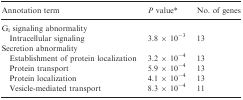
<table><thead><tr><td><b>Annotation term</b></td><td><b><i>P</i> valuea</b></td><td><b>No. of genes</b></td></tr></thead><tbody><tr><td colspan="3">G<sub>i</sub> signaling abnormality</td></tr><tr><td>Intracellular signaling</td><td>3.8 × 10<sup>−3</sup></td><td>13</td></tr><tr><td colspan="3">Secretion abnormality</td></tr><tr><td>Establishment of protein localization</td><td>3.2 × 10<sup>−4</sup></td><td>13</td></tr><tr><td>Protein transport</td><td>5.9 × 10<sup>−4</sup></td><td>13</td></tr><tr><td>Protein localization</td><td>4.1 × 10<sup>−4</sup></td><td>13</td></tr><tr><td>Vesicle‐mediated transport</td><td>8.3 × 10<sup>−4</sup></td><td>11</td></tr></tbody></table>